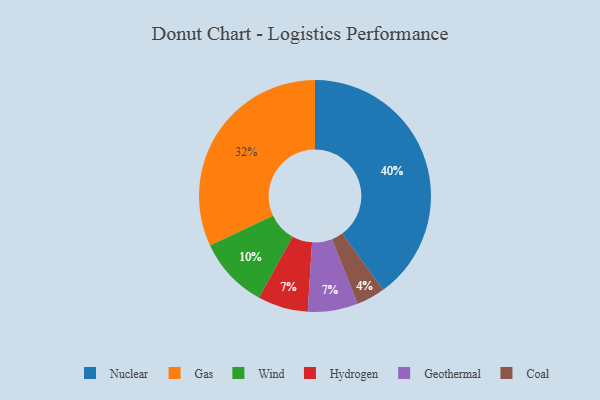
{"axis": {"x": "Category", "y": "Percentage"}, "legend": ["Coal", "Gas", "Geothermal", "Hydrogen", "Nuclear", "Wind"], "data": [{"x": "Hydrogen", "y": 7, "type": "Hydrogen"}, {"x": "Geothermal", "y": 7, "type": "Geothermal"}, {"x": "Coal", "y": 4, "type": "Coal"}, {"x": "Nuclear", "y": 40, "type": "Nuclear"}, {"x": "Wind", "y": 10, "type": "Wind"}, {"x": "Gas", "y": 32, "type": "Gas"}]}